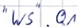
Text: "WS".Q1